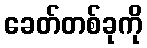
ခေတ်တစ်ခုကို